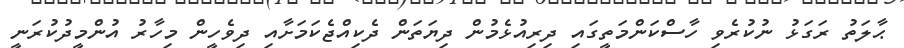
ޙާލަތު ރަގަޅު ނުކުރެވި ހާސްކަންމަތީގައި ދިރިއުޅެމުން ދިޔަތަން ދެކިއްޖެކަމަށާއި ދިވެހީން މިހާރު އުންމީދުކުރަނީ